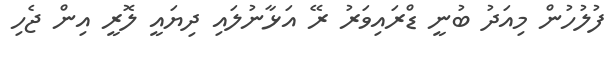
ފުލުހުން މިއަދު ބުނީ ޑްރައިވަރު ރޭ އަޅާނުލައި ދިޔައީ ލޮރީ އިން ޖެހި